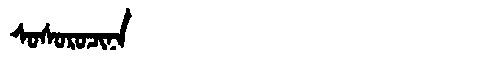
Manchu: ᠰᠣᠰᠣᡵᠣᠴᡳᠨᠠ
Romanization: SOSOROCINA